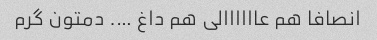
انصافا هم عاااااالی هم داغ …. دمتون گرم